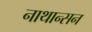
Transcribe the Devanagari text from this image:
नाथान्सन